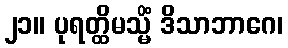
၂၁။ ပုရတ္ထိမသ္မိံ ဒိသာဘာဂေ၊